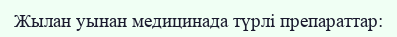
Жылан уынан медицинада түрлі препараттар: